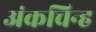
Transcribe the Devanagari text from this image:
अंकचिन्ह